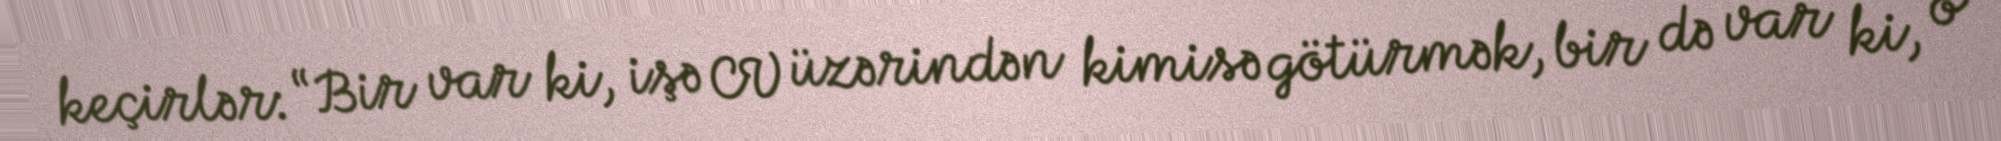
keçirlər: “Bir var ki, işə CV üzərindən kimisə götürmək, bir də var ki, o